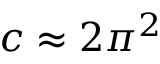
c \approx 2 \pi ^ { 2 }